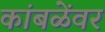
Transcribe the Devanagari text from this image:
कांबळेंवर